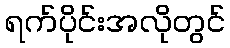
ရက်ပိုင်းအလိုတွင်